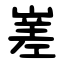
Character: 嵳